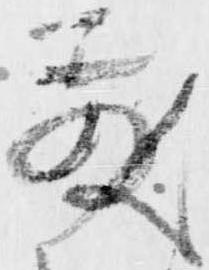
散